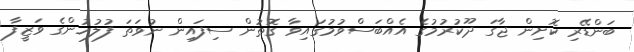
ބަންޑޭރި ކޮށިން ޖާގަ ދޫކުރުމުގެ އެއްބަސްވުމުގައިވާ ގޮތުން ސިފައިން ނުވަތަ ފުލުހުންގެ ވަޒީފާ